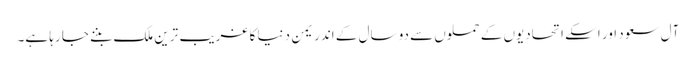
آل سعود اور اسکے اتحادیوں کے حملوں سے دو سال کے اندر یمن دنیا کا غریب ترین ملک بننے جا رہا ہے۔